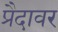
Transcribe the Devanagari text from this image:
प्रैदावर